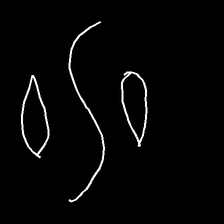
Glyph: water